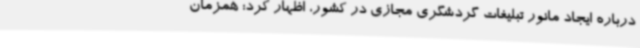
درباره ایجاد مانور تبلیغات گردشگری مجازی در کشور، اظهار کرد: همزمان